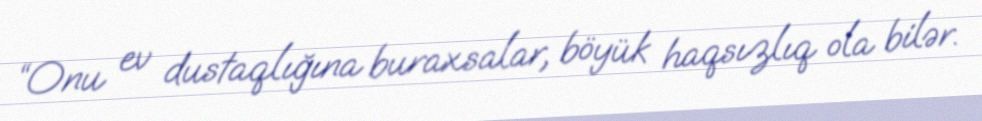
“Onu ev dustaqlığına buraxsalar, böyük haqsızlıq ola bilər.